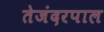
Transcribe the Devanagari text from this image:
तेजंदरपाल